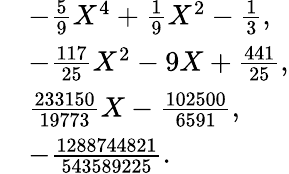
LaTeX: {\begin{array}{rl}&{-{\frac{5}{9}}X^{4}+{\frac{1}{9}}X^{2}-{\frac{1}{3}},}\\ &{-{\frac{117}{25}}X^{2}-9X+{\frac{441}{25}},}\\ &{{\frac{233150}{19773}}X-{\frac{102500}{6591}},}\\ &{-{\frac{1288744821}{543589225}}.}\end{array}}